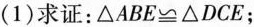
(1)求证：$$\triangle ABE\cong \triangle DCE$$；